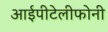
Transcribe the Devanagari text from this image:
आईपीटेलीफोनी